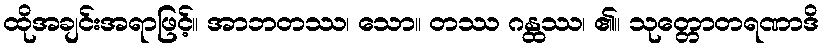
ထိုအချင်းအရာဖြင့်။ အာဘတဿ၊ သော။ တဿ ဂန္ထဿ၊ ၏။ သုတ္တောတရဏာဒိ